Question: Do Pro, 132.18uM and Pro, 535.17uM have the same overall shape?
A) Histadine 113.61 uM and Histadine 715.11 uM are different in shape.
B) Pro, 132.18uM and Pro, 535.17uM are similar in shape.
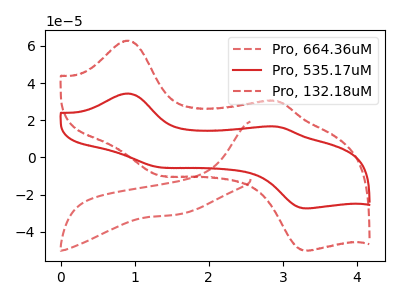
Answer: <think>The red dashed curve "Pro, 664.36uM" has no peaks. The red curve "Pro, 535.17uM" has anodic peaks at (0.90V, 34.35uA) (2.95V, 16.55uA) and cathodic peaks at (1.35V, -5.35uA) (3.35V, -27.45uA). The red dashed curve "Pro, 132.18uM" has anodic peaks at (0.90V, 62.80uA) (2.95V, 30.20uA) and cathodic peaks at (1.35V, -9.80uA) (3.35V, -50.20uA).
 All the peaks in "Pro, 132.18uM" have a peak in "Pro, 535.17uM" at the same potential. Every peak in "Pro, 132.18uM" is higher than every peak in "Pro, 535.17uM".</think>
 <answer>B) "Pro, 132.18uM" and "Pro, 535.17uM" are similar in shape.</answer>
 <eval>B</eval>